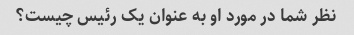
نظر شما در مورد او به عنوان یک رئیس چیست؟